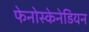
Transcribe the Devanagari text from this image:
फेनोस्केनेडियन